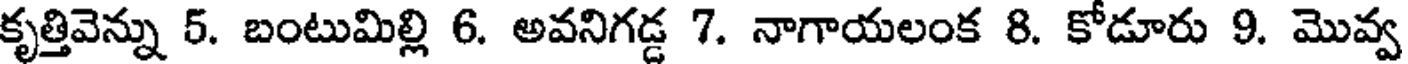
కృత్తివెన్ను 5. బంటుమిల్లి 6. అవనిగడ్డ 7. నాగాయలంక 8. కోడూరు 9. మొవ్వ